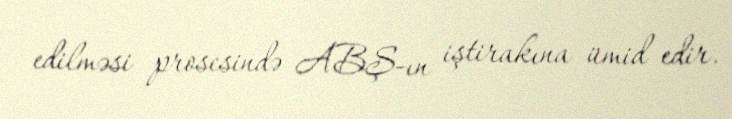
edilməsi prosesində ABŞ-ın iştirakına ümid edir.